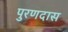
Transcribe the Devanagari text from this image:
पुरणदास